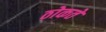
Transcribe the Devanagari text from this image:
ठोकते